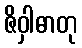
ဇိဝှါဓာတု